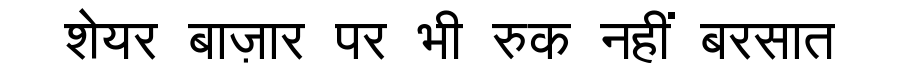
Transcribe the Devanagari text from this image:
शेयर बाज़ार पर भी रुक नहीं बरसात